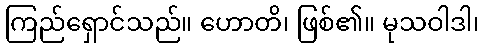
ကြည်ရှောင်သည်။ ဟောတိ၊ ဖြစ်၏။ မုသဝါဒါ၊